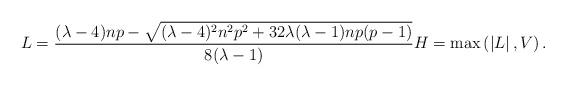
LaTeX: \begin{align*}L=\frac{(\lambda-4)np-\sqrt{(\lambda-4)^{2}n^{2}p^{2}+32\lambda(\lambda-1)np(p-1)}}{8(\lambda-1)} H=\max\left(\left\vert L\right\vert,V\right).\end{align*}